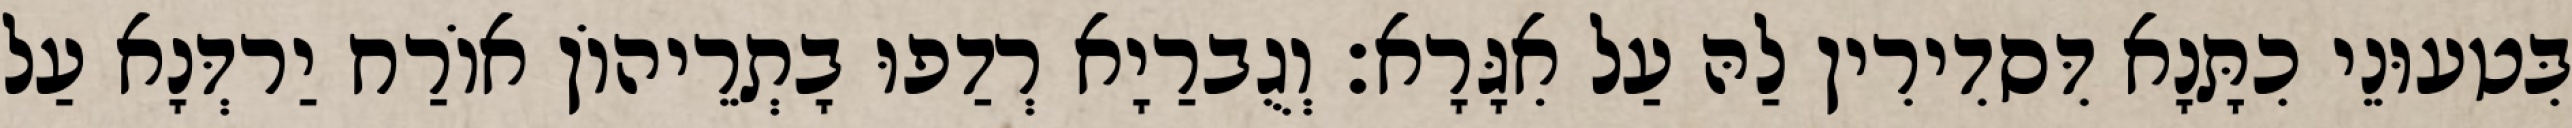
בִּטעוּנֵי כִתָּנָא דִּסדִירִין לַהּ עַל אִגָּרָא׃ וְגֻברַיָא רְדַפוּ בָתְרֵיהוֹן אוֹרַח יַרדְּנָא עַל